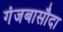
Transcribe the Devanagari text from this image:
गंजबासौदा